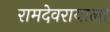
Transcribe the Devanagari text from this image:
रामदेवरायाला